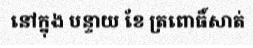
នៅក្នុង បន្ទាយ ខែ ត្រពោធិ៍សាត់